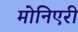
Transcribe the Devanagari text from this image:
मोनिएरी